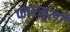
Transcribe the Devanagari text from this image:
फारमूली